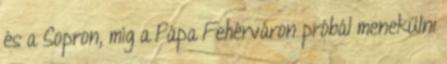
és a Sopron, míg a Pápa Fehérváron próbál menekülni